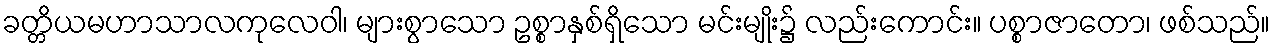
ခတ္တိယမဟာသာလကုလေဝါ၊ များစွာသော ဥစ္စာနှစ်ရှိသော မင်းမျိုး၌ လည်းကောင်း။ ပစ္စာဇာတော၊ ဖစ်သည်။